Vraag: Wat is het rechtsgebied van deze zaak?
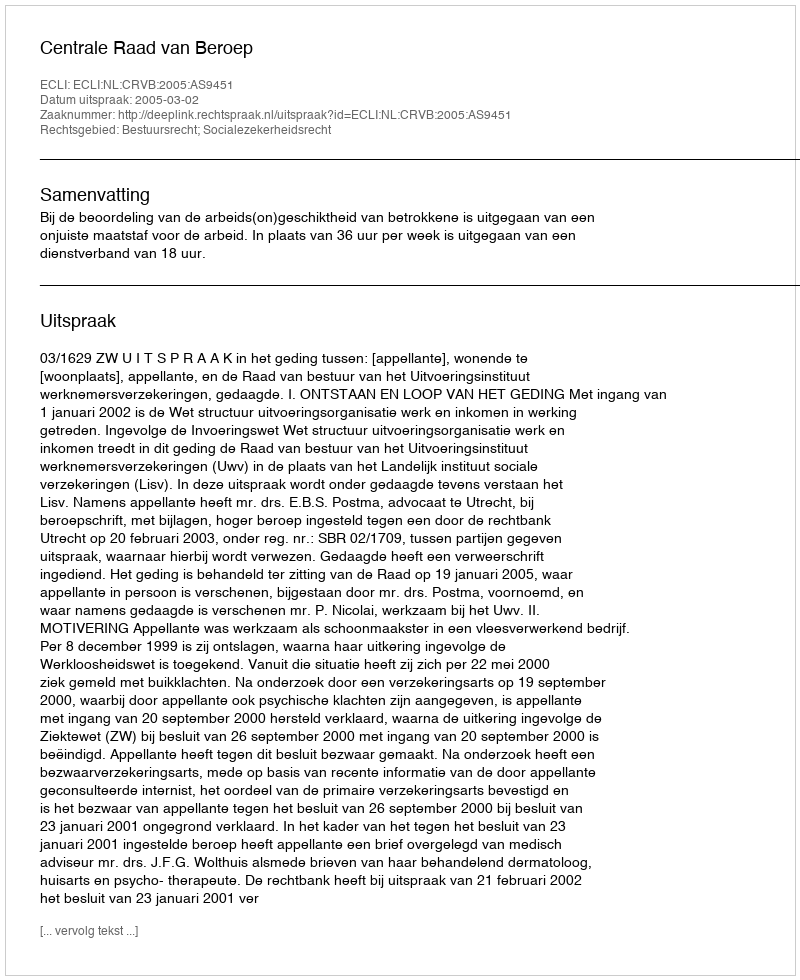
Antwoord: Bestuursrecht; Socialezekerheidsrecht